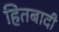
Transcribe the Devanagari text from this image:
हितबादी